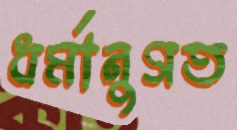
ধর্মানুগত